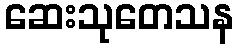
ဆေးသုတေသန